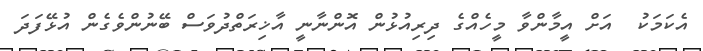
އެކަމަކު  އަށް އީމާންވާ މީހެއްގެ ދިރިއުޅުން އޮންނާނީ އާޚިރަތްދުވަސް ބޭނުންވެގެން އުޅޭފަދަ